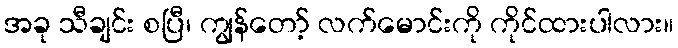
အခု သီချင်း စပြီ၊ ကျွန်တော့် လက်မောင်းကို ကိုင်ထားပါလား။